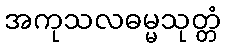
အကုသလဓမ္မသုတ္တံ